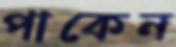
পাকেন